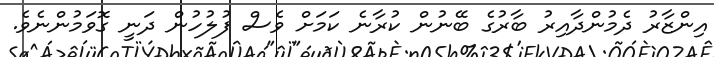
އިންޒާރު ދެމުންދާއިރު ބާރުގެ ބޭނުން ކުރާނެ ކަމަށް ވެސް ފުލުހުން ދަނީ ގޮވަމުންނެވެ.